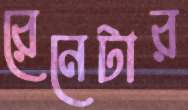
রেনেটার